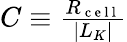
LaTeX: \begin{array}{r}{C\equiv\frac{R_{\mathrm{~c~e~l~l~}}}{|L_{K}|}}\end{array}